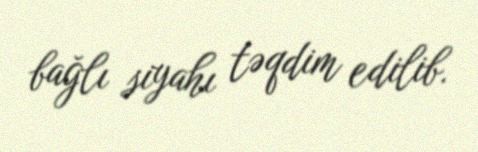
bağlı siyahı təqdim edilib.